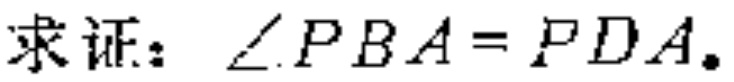
求证：\(\angle PBA = \angle PDA\)。